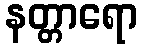
နတ္တာရော